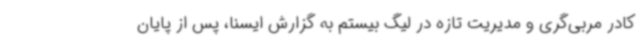
کادر مربی‌گری و مدیریت تازه در لیگ بیستم به گزارش ایسنا، پس از پایان